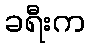
ခရီးက